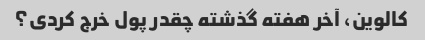
کالوین، آخر هفته گذشته چقدر پول خرج کردی؟